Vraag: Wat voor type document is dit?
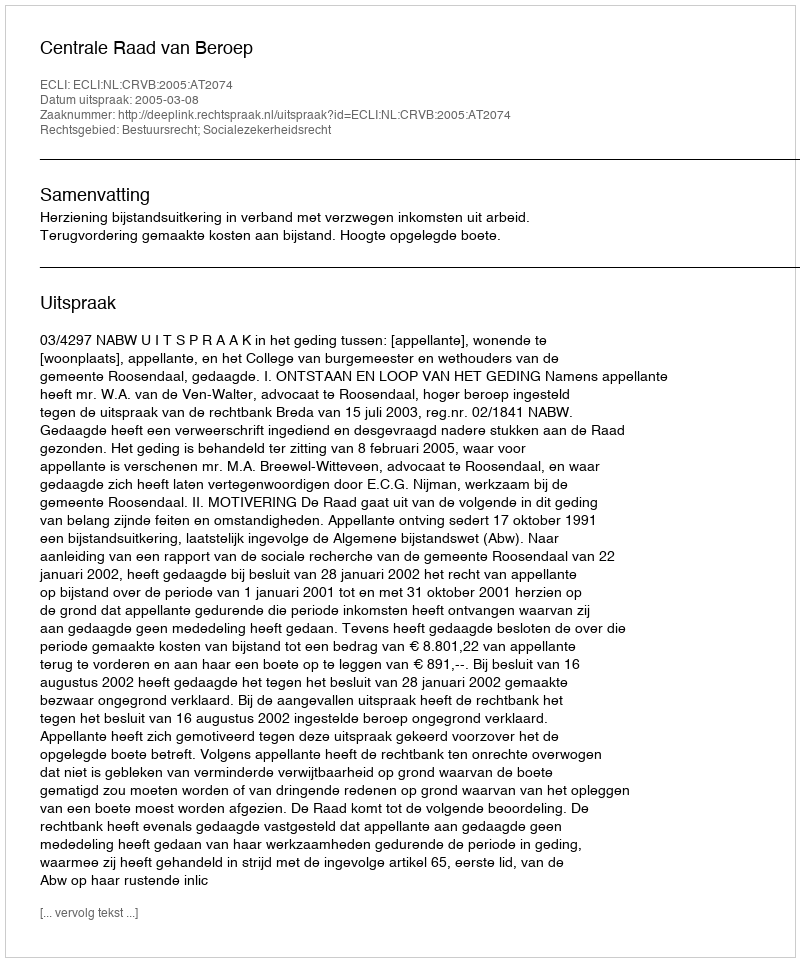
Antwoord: Uitspraak